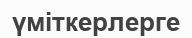
үміткерлерге